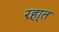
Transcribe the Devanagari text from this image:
रहा्त